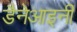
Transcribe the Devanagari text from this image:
डैनेआइनी